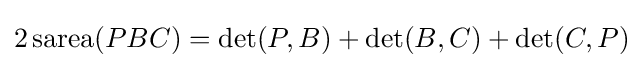
2\operatorname {sarea} (PBC)=\det(P,B)+\det(B,C)+\det(C,P)